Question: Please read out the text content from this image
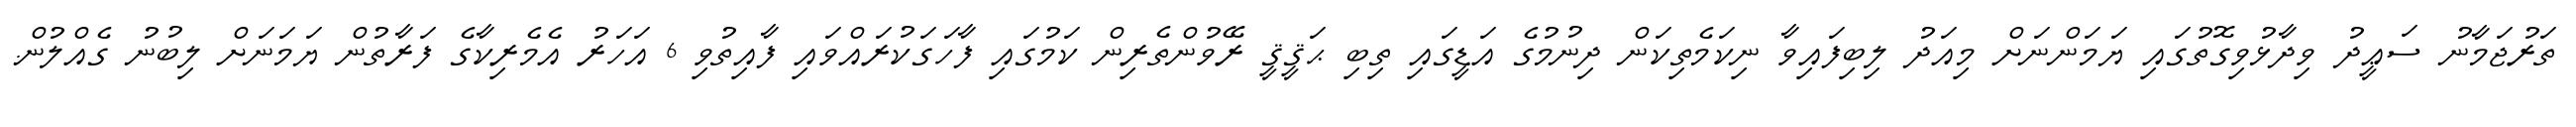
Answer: ތަރުޖަމާނު ސަޢީދު ވިދާޅުވިގޮތުގައި ޔަމަންނަށް މިއަދު ލިބިފައިވާ ނިކަމެތިކަން ދިނުމުގެ އަޑީގައި ތިބި ޙަޤީޤީ ރޭވުންތެރިން ކަމުގައި ފާހަގަކުރައްވައި ފާއިތުވި 6 އަހަރު އެމެރިކާގެ ފަރާތުން ޔަމަނަށް ލިބުނު ގެއްލުން.